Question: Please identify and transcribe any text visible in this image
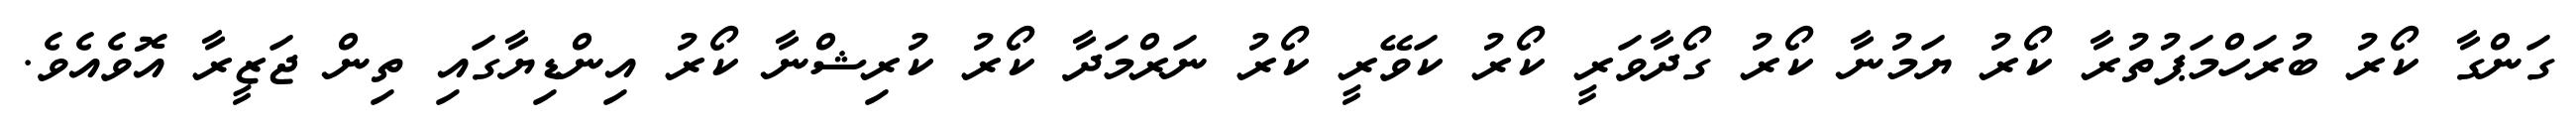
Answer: ގަންގާ ކޯރު ބުރަހްމަޕުތުރާ ކޯރު ޔަމުނާ ކޯރު ގޯދާވަރީ ކޯރު ކަވޭރީ ކޯރު ނަރްމަދާ ކޯރު ކުރިޝްނާ ކޯރު އިންޑިޔާގައި ތިން ޖަޒީރާ އޮވެއެވެ.